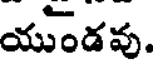
యుండవు.